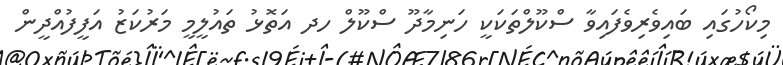
މިކޯހުގައި ބައިވެރިވެފައިވާ ސްކޫލްތަކަކީ ހަނިމާދޫ ސްކޫލް ހދ އަތޮޅު ތައުލީމީ މަރުކަޒު އަފީފުއްދީން